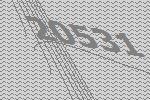
20531